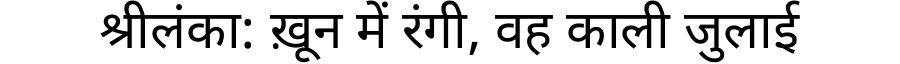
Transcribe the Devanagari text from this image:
श्रीलंका: ख़ून में रंगी, वह काली जुलाई